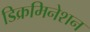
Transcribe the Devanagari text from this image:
डिक्रमिनेशन